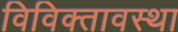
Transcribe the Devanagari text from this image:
विविक्तावस्था